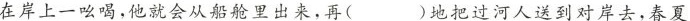
在岸上一吆喝，他就会从船舱里出来，再 () 地把过河人送到对岸去，春夏